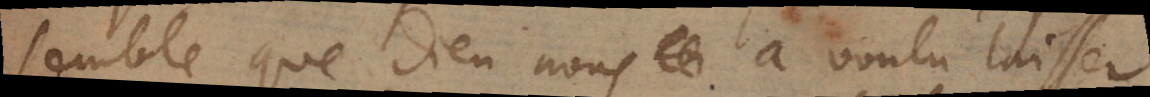
semble que Dieu nous a voulu laisser